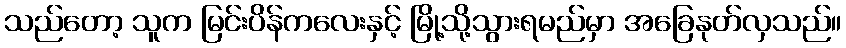
သည်တော့ သူက မြင်းပိန်ကလေးနှင့် မြို့သို့သွားရမည်မှာ အခြေနုတ်လှသည်။